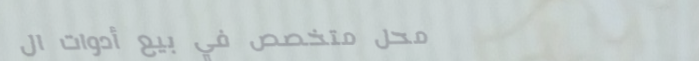
محل متخصص في بيع أدوات ال